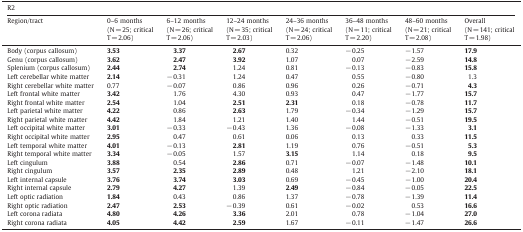
<table><thead><tr><td colspan="8"><b>R2</b></td></tr><tr><td><b>Region/tract</b></td><td><b>0–6 months(N = 25; critical T = 2.06)</b></td><td><b>6–12 months(N = 26; critical T = 2.06)</b></td><td><b>12–24 months(N = 35; critical T = 2.03)</b></td><td><b>24–36 months(N = 24; critical T = 2.06)</b></td><td><b>36–48 months(N = 11; critical T = 2.20)</b></td><td><b>48–60 months(N = 21; critical T = 2.08)</b></td><td><b>Overall(N = 141; critical T = 1.98)</b></td></tr></thead><tbody><tr><td>Body (corpus callosum)</td><td><b>3.53</b></td><td><b>3.37</b></td><td><b>2.67</b></td><td>0.32</td><td>− 0.25</td><td>− 1.57</td><td><b>17.9</b></td></tr><tr><td>Genu (corpus callosum)</td><td><b>3.62</b></td><td><b>2.47</b></td><td><b>3.92</b></td><td>1.07</td><td>0.07</td><td>− 2.59</td><td><b>14.8</b></td></tr><tr><td>Splenium (corpus callosum)</td><td><b>2.44</b></td><td><b>2.74</b></td><td>1.24</td><td>0.81</td><td>− 0.13</td><td>− 0.83</td><td><b>15.8</b></td></tr><tr><td>Left cerebellar white matter</td><td><b>2.14</b></td><td>− 0.31</td><td>1.24</td><td>0.47</td><td>0.55</td><td>− 0.80</td><td>1.3</td></tr><tr><td>Right cerebellar white matter</td><td>0.77</td><td>− 0.07</td><td>0.86</td><td>0.96</td><td>0.26</td><td>− 0.71</td><td><b>4.3</b></td></tr><tr><td>Left frontal white matter</td><td><b>3.42</b></td><td>1.76</td><td>4.30</td><td>0.93</td><td>0.47</td><td>− 1.77</td><td><b>15.7</b></td></tr><tr><td>Right frontal white matter</td><td><b>2.54</b></td><td>1.04</td><td><b>2.51</b></td><td><b>2.31</b></td><td>0.18</td><td>− 0.78</td><td><b>11.7</b></td></tr><tr><td>Left parietal white matter</td><td><b>4.22</b></td><td>0.86</td><td><b>2.63</b></td><td>1.79</td><td>− 0.34</td><td>− 1.29</td><td><b>15.7</b></td></tr><tr><td>Right parietal white matter</td><td><b>4.42</b></td><td>1.84</td><td>1.21</td><td>1.40</td><td>1.44</td><td>− 0.51</td><td><b>19.5</b></td></tr><tr><td>Left occipital white matter</td><td><b>3.01</b></td><td>− 0.33</td><td>− 0.43</td><td>1.36</td><td>− 0.08</td><td>− 1.33</td><td><b>3.1</b></td></tr><tr><td>Right occipital white matter</td><td><b>2.95</b></td><td>0.47</td><td>0.61</td><td>0.06</td><td>0.13</td><td>0.33</td><td><b>11.5</b></td></tr><tr><td>Left temporal white matter</td><td><b>4.01</b></td><td>− 0.13</td><td><b>2.81</b></td><td>1.19</td><td>0.76</td><td>− 0.51</td><td><b>5.3</b></td></tr><tr><td>Right temporal white matter</td><td><b>3.34</b></td><td>− 0.05</td><td>1.57</td><td><b>3.15</b></td><td>1.14</td><td>0.18</td><td><b>9.5</b></td></tr><tr><td>Left cingulum</td><td><b>3.88</b></td><td>0.54</td><td><b>2.86</b></td><td>0.71</td><td>− 0.07</td><td>− 1.48</td><td><b>10.1</b></td></tr><tr><td>Right cingulum</td><td><b>3.57</b></td><td><b>2.35</b></td><td><b>2.89</b></td><td>0.48</td><td>1.21</td><td>− 2.10</td><td><b>18.1</b></td></tr><tr><td>Left internal capsule</td><td><b>3.76</b></td><td><b>3.74</b></td><td><b>3.03</b></td><td>0.69</td><td>− 0.45</td><td>− 1.00</td><td><b>20.4</b></td></tr><tr><td>Right internal capsule</td><td><b>2.79</b></td><td><b>4.27</b></td><td>1.39</td><td><b>2.49</b></td><td>− 0.84</td><td>− 0.05</td><td><b>22.5</b></td></tr><tr><td>Left optic radiation</td><td><b>1.84</b></td><td>0.43</td><td>0.86</td><td>1.37</td><td>− 0.78</td><td>− 1.39</td><td><b>11.4</b></td></tr><tr><td>Right optic radiation</td><td><b>2.47</b></td><td><b>2.53</b></td><td>− 0.39</td><td>0.61</td><td>− 0.02</td><td>0.53</td><td><b>16.6</b></td></tr><tr><td>Left corona radiata</td><td><b>4.80</b></td><td><b>4.26</b></td><td><b>3.36</b></td><td>2.01</td><td>0.78</td><td>− 1.04</td><td><b>27.0</b></td></tr><tr><td>Right corona radiata</td><td><b>4.05</b></td><td><b>4.42</b></td><td><b>2.59</b></td><td>1.67</td><td>− 0.11</td><td>− 1.47</td><td><b>26.6</b></td></tr></tbody></table>